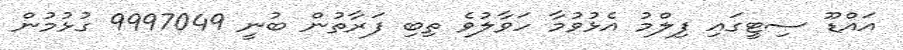
އައްޑޫ ސިޓީގައި ފިލްމު އެޅުވުމާ ހަވާލުވެ ތިބި ފަރާތުން ބުނީ 9997049 ގުޅުމުން